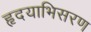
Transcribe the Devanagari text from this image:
हृदयाभिसरण